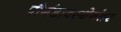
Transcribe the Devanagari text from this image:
पौगंडावस्थेनंतर